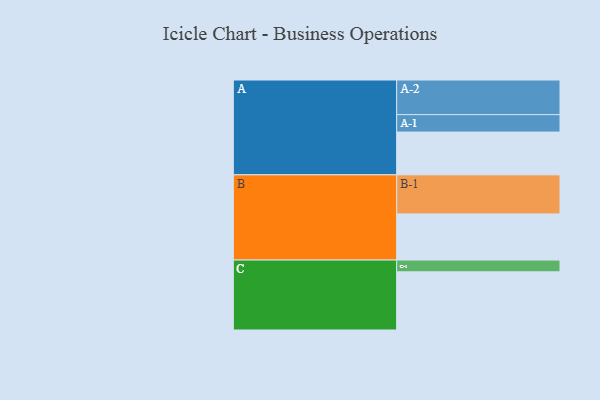
{"axis": {"x": "Segment", "y": "Value"}, "legend": ["", "A", "B", "C"], "data": [{"x": "A", "y": 316, "type": ""}, {"x": "B", "y": 341, "type": ""}, {"x": "C", "y": 430, "type": ""}, {"x": "A-1", "y": 129, "type": "A"}, {"x": "A-2", "y": 256, "type": "A"}, {"x": "B-1", "y": 289, "type": "B"}, {"x": "C-1", "y": 87, "type": "C"}]}